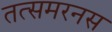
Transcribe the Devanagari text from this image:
तत्समरनस